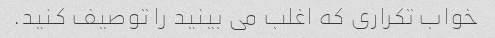
خواب تکراری که اغلب می بینید را توصیف کنید.